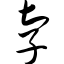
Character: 孛